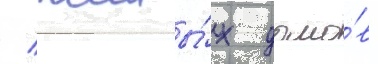
/ жилы́х домо́в -